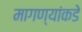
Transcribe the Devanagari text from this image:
मागण्यांकडे